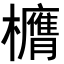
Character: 𭬶